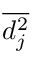
\overline { { d _ { j } ^ { 2 } } }